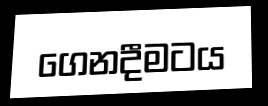
ගෙනදීමටය